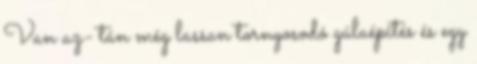
Van az- tán még lassan tornyosodó gúlaépítés és egy